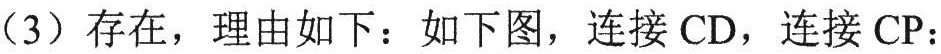
（3）存在，理由如下：如下图，连接 \(CD\)，连接 \(CP\)：